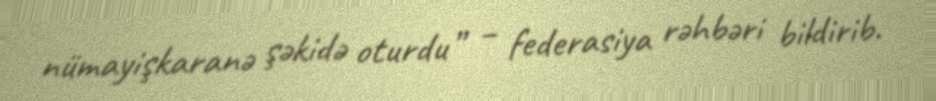
nümayişkaranə şəkidə oturdu” – federasiya rəhbəri bildirib.